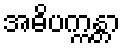
အဓိပက္ကန္တာ